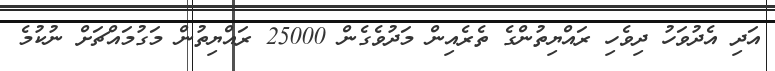
އަދި އެދުވަހު ދިވެހި ރައްޔިތުންގެ ތެރެއިން މަދުވެގެން 25000 ރައްޔިތުން މަގުމައްޗަށް ނުކުމެ